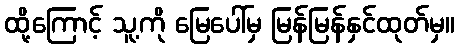
ထို့ကြောင့် သူ့ကို မြေပေါ်မှ မြန်မြန်နှင်ထုတ်မှ။